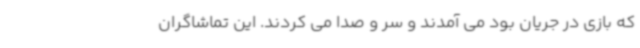
که بازی در جریان بود می آمدند و سر و صدا می کردند. این تماشاگران